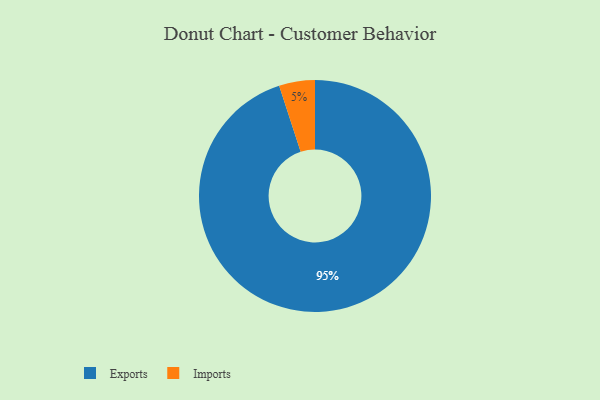
{"axis": {"x": "Category", "y": "Percentage"}, "legend": ["Exports", "Imports"], "data": [{"x": "Imports", "y": 5, "type": "Imports"}, {"x": "Exports", "y": 95, "type": "Exports"}]}